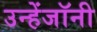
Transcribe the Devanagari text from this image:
उन्हेंजॉनी